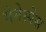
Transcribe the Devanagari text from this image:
मेमेस्पेस